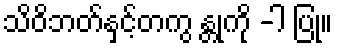
သိဝိဘတ်နှင့်တကွ န္တုကို -ါ ပြု။